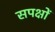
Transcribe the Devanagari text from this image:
सपक्षों